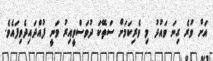
އަށް ވުރެ ގިނަ ވައުދު މި ވެރިކަމަށް ސަތޭކަ ދުވަސްވީއިރު ވަނީ ފުއްދައިދެވިފައެވެ.